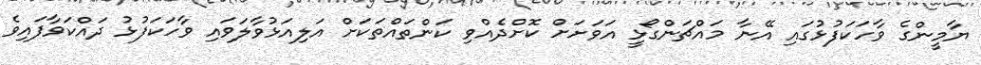
ޔާމީންގެ ވާހަކަފުޅުގައި އޭނާ މައްޗަންގޯޅީ އަވަށަށް ކޮށްދެއްވި ކަންތައްތަކަށް އަލިއަޅުވާލަވައި ވާހަކަފުޅު ދައްކަވާފައިވެ